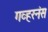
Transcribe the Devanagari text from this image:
गव्हरनंस